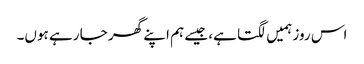
اس روز ہمیں لگتا ہے، جیسے ہم اپنے گھر جا رہے ہوں۔